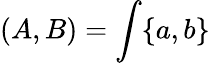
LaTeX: (A,B)=\int\{ a,b\}